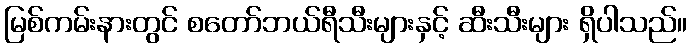
မြစ်ကမ်းနားတွင် စတော်ဘယ်ရီသီးများနှင့် ဆီးသီးများ ရှိပါသည်။